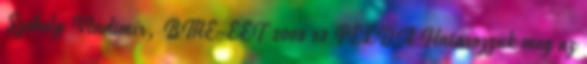
Székely Vladimír, BME-EET 2008 13 PÉLDA Határozzuk meg az